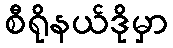
စီရိုနယ်ဒိုမှာ